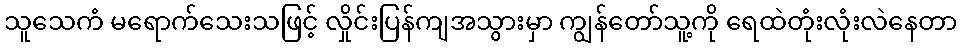
သူသေကံ မရောက်သေးသဖြင့် လှိုင်းပြန်ကျအသွားမှာ ကျွန်တော်သူ့ကို ရေထဲတုံးလုံးလဲနေတာ